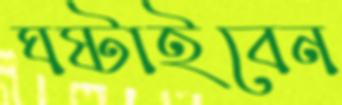
ঘষ্‌টাইবেন